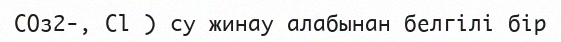
СОз2-, Сl ) су жинау алабынан белгілі бір